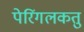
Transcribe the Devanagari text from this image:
पेरिंगलकतु